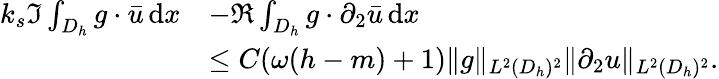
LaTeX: \begin{array}{rl}{k_{s}\Im\int_{D_{h}}g\cdot\bar{u}\, \mathrm{d}x}&{-\Re\int_{D_{h}}g\cdot\partial_{2}\bar{u}\, \mathrm{d}x}\\ &{\le C(\omega(h-m)+1)\| g\| _{L^{2}(D_{h})^{2}}\| \partial_{2}u\| _{L^{2}(D_{h})^{2}}.}\end{array}